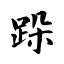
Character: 跺